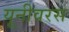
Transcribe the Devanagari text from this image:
यूनीवरस